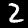
Digit: 2